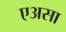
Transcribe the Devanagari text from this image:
एअसा